Mustjala_vallavalitsus, lk 42
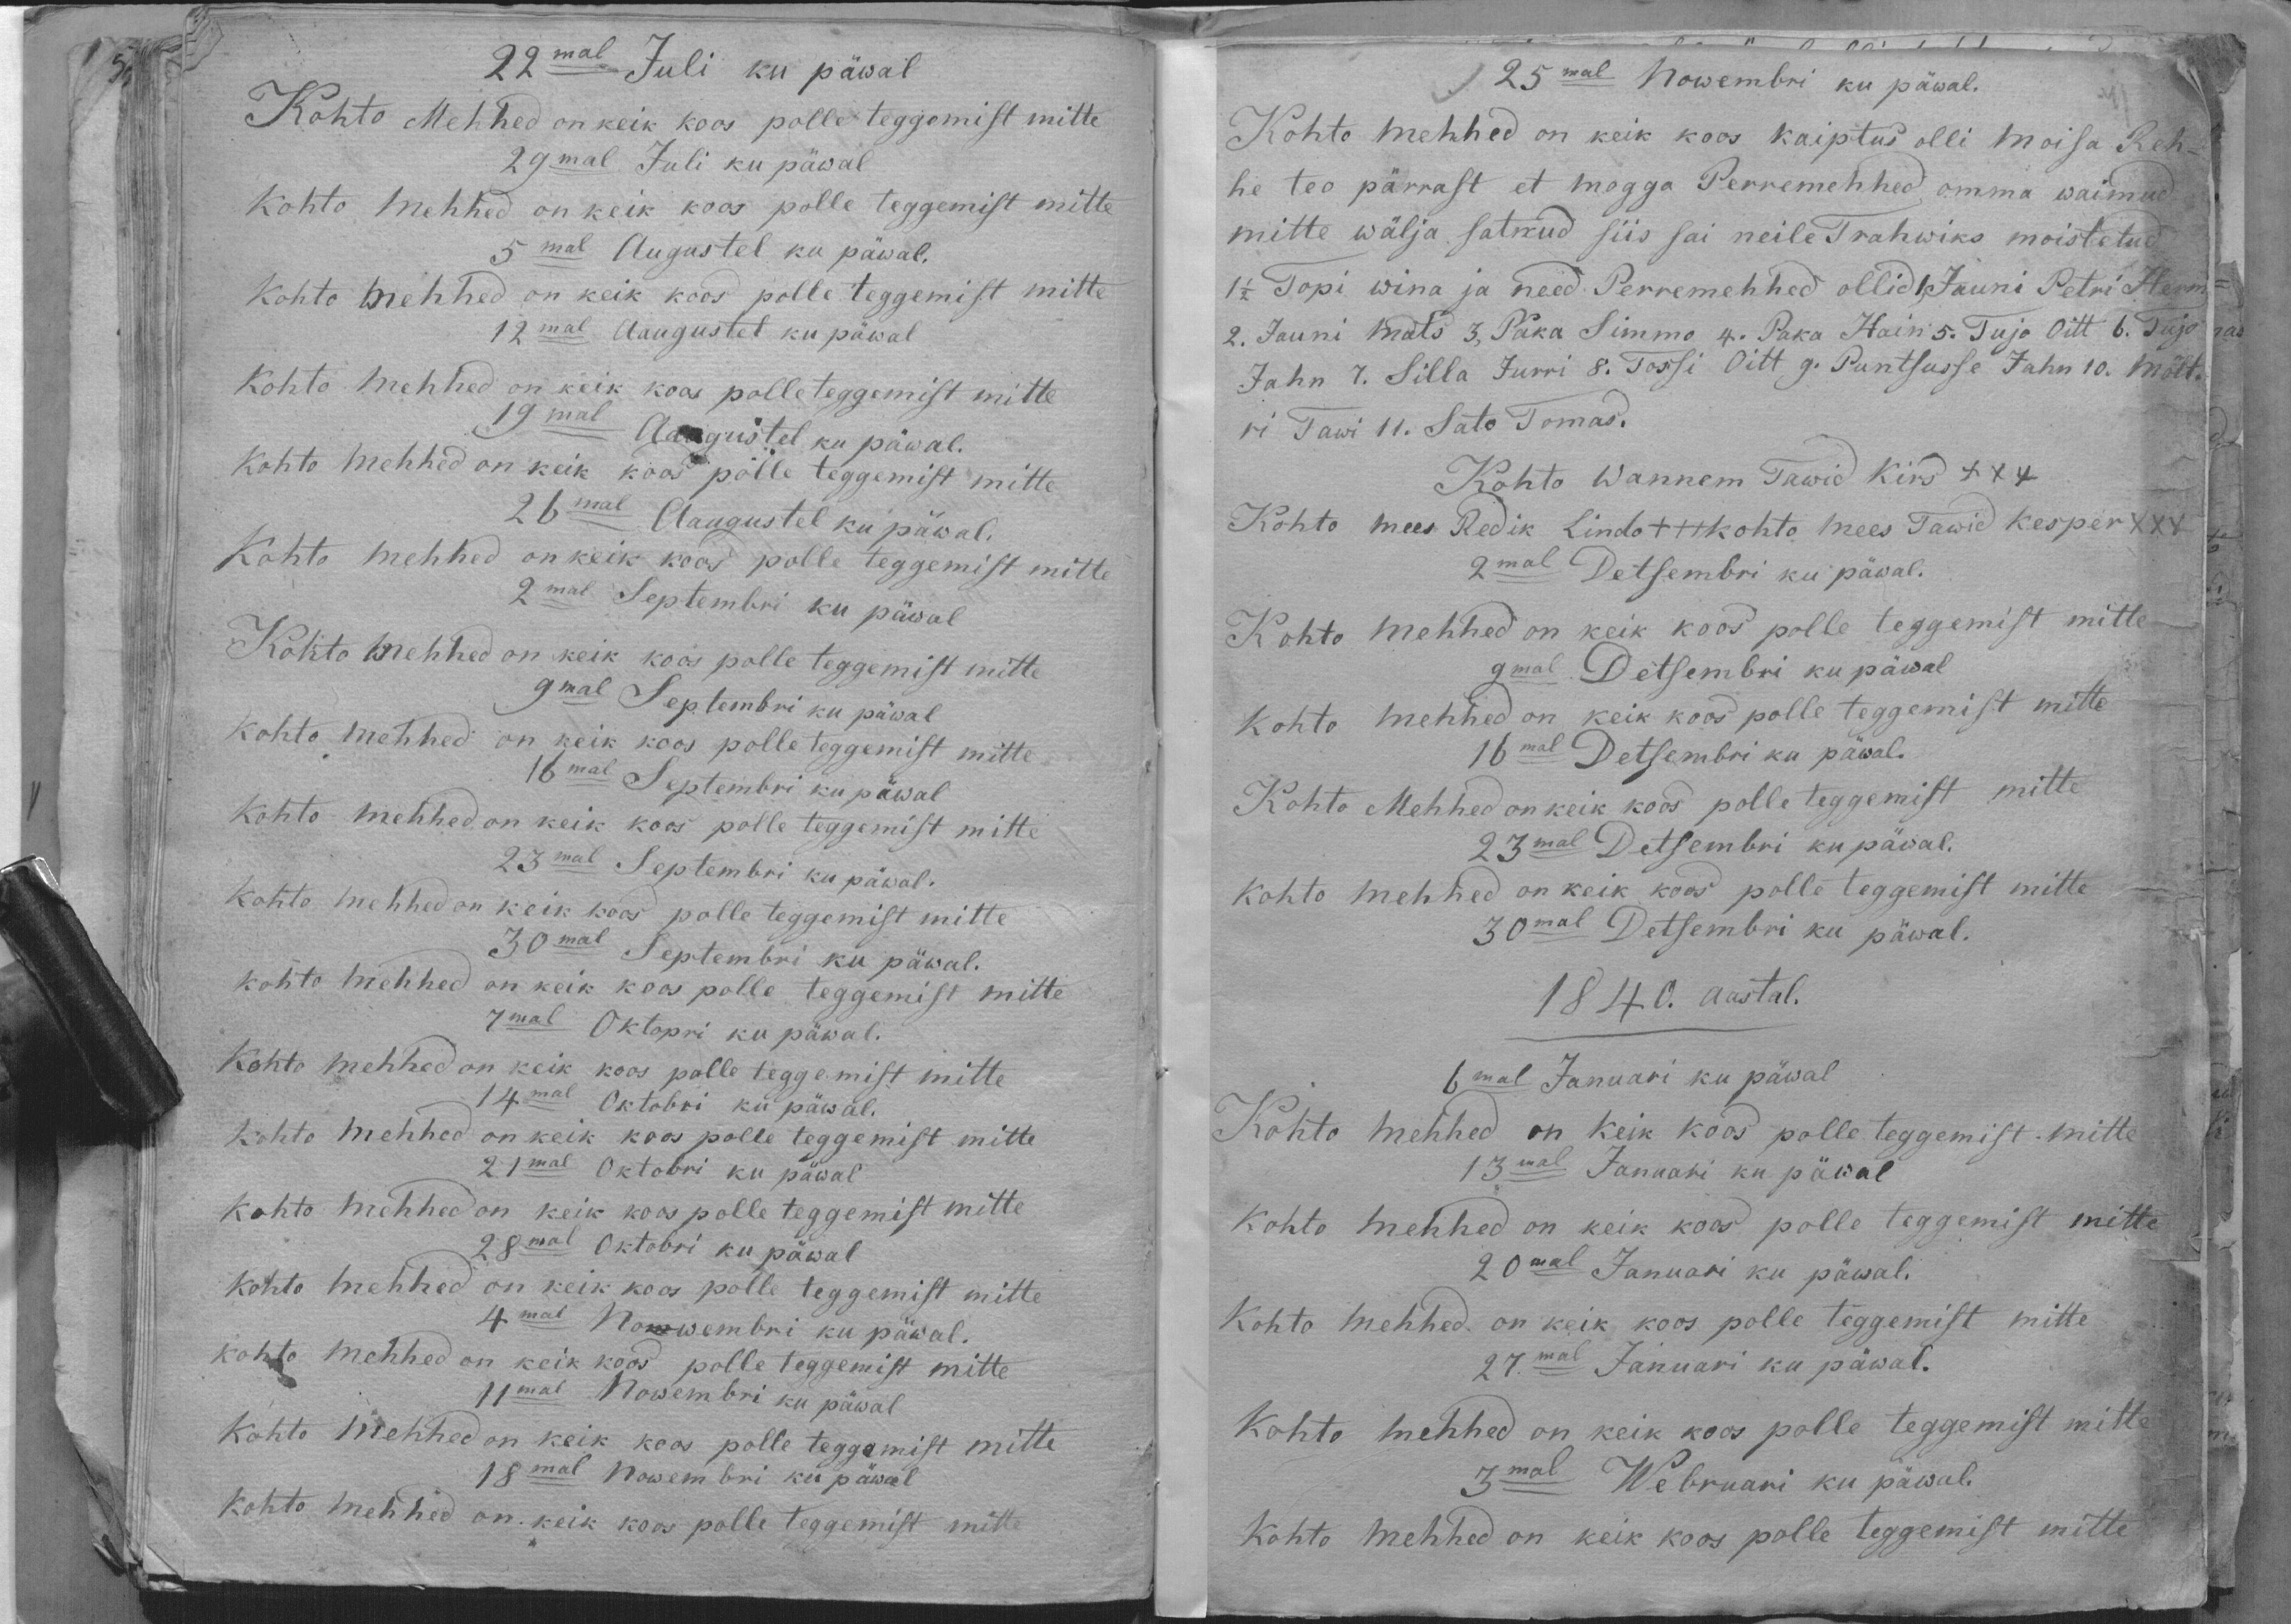
22mal Juli ku päwal
Kohto Mehhed on keik koos polle teggemist mitte
29mal Juli ku päwal
Kohto mehhed on keik koos polle teggemist mitte
5mal Augustel ku päwal.
Kohto mehhed on keik koos polle teggemist mitte
12mal Aaugustel ku päwal
Kohto mehhed on kõik koos polle teggemist mitte
19mal Aaugustel ku päwal.
kohto mehhed on keik koos polle teggemist mitte
26mal Augustel ku päwal.
Kohto mehhed on keik koos polle teggemist mitte
2mal Septembri ku päwal.
Kohto mehhed on keik koos polle teggemist mitte
9mal Septembri ku päwal
Kohto mehhed on keik koos polle teggemist mitte
16mal Septembri ku päwal
Kohto mehhed on keik koos polle teggemist mitte
23mal Septembri ku päwal.
Kohto mehhed on keik koos polle teggemist mitte
30mal Septembri ku päwal.
kohto mehhed on keik koos polle teggemist mitte
7mal Oktopri ku päwal.
Kohto mehhed on keik koos palle teggemist mitte
14mal Oktobri ku päwal.
Kohto mehhed on keik koos polle teggemist mitte
21mal Oktobri ku päwal
Kohto mehhed on keik koos polle teggemist mitte
28mal Oktobri ku päwal
kohto mehhed on keik koos polle teggemist mitte
4mal Nowembri ku päwal.
kohto mehhed on keik koos polle teggemist mitte
11mal Nowembri ku päwal
Kohto Mehhed on keik koos polle teggemist mitte
18mal Nowembri ku päwal
Kohto mehhed on keik koos polle teggemist mitte

25mal Nowembri ku päwal.
Kohto mehhed on keik koos kaiptus olli moisa Reh
he teo pärrast et mogga Perremehhed omma waimud
mitte wälja satnud siis sai neile Trahwiks moistetud
1 1/2 Topi wina ja need Perremehhed ollid 1. Jauni Petri Herm
2. Jauni mats 3, Paka Simmo 4. Paka Hain 5. Tujo Oitt 6. Tajo
Jahn 7. Silla Jurri 8. Tossi Oitt 9. Puntsusse Jahn 10. Mölt
ri Tawi 11. Sato Tomas.
Kohto Wannem Tawid Kirs XXX
Kohto mees Redik Lindo +++ kohto Mees Tawid Kesper XXX
2mal Detsembri ku päwal.
Kohto mehhed on keik koos polle teggemist mitte
9mal Detsembri ku päwal
kohto mehhed on keik koos polle teggemist mitte
16mal Detsembri ku päwal.
Kohto Mehhed on keik koos polle teggemist mitte
23mal Detsembri kupäwal.
kohto mehhed on keik koos polle teggemist mitte
30mal Detsembri ku päwal.
1840 aastal.
6mal Januari ku päwal
Kohto mehhed on keik koos polle teggemist mitte
13mal Januani ku päwal
Kohto mehhed on keik koos polle teggemist mitte
20mal Januari ku päwal.
Kohto mehhed on keik koos polle teggemist mitte
27.mal Januari ka päwal.
Kohto mehhed on keik koos polle teggemist mitte
3mal Webruari ku päwal.
Kohto mehhed on keik koos polle teggemist mitte